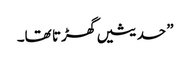
” حدیثیں گھڑتا تھا۔